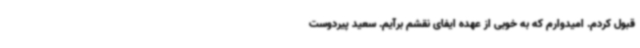
قبول کردم. امیدوارم که به خوبی از عهده ایفای نقشم برآیم. سعید پیردوست